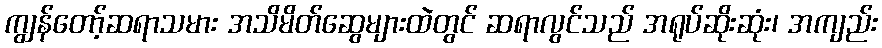
ကျွန်တော့်ဆရာသမား အသိမိတ်ဆွေများထဲတွင် ဆရာလွင်သည် အရုပ်ဆိုးဆုံး၊ အကျည်း